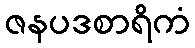
ဇနပဒစာရိကံ